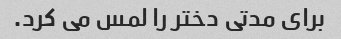
برای مدتی دختر را لمس می کرد.